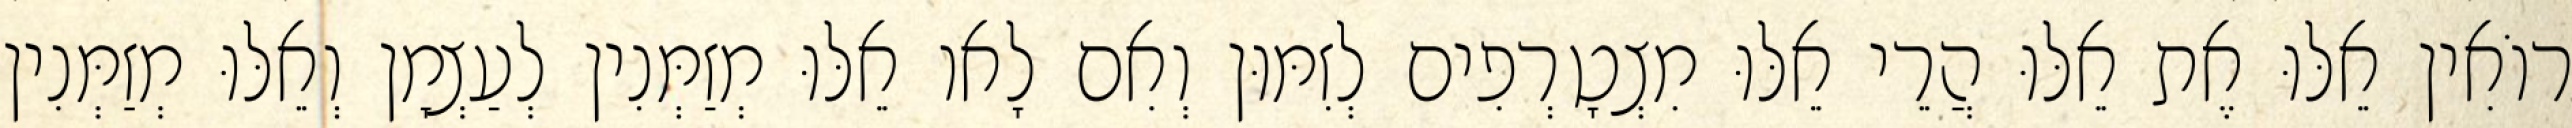
רוֹאִין אֵלּוּ אֶת אֵלּוּ הֲרֵי אֵלּוּ מִצְטָרְפִים לְזִמּוּן וְאִם לָאו אֵלּוּ מְזַמְּנִין לְעַצְמָן וְאֵלּוּ מְזַמְּנִין